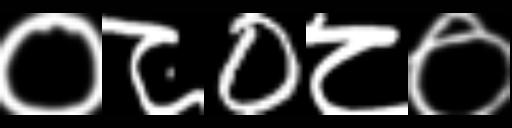
Text: ०८0८०